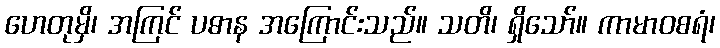
ဟေတုမှိ၊ အကြင် ပဓာန အကြောင်းသည်။ သတိ၊ ရှိသော်။ ကာမာဝစရံ၊